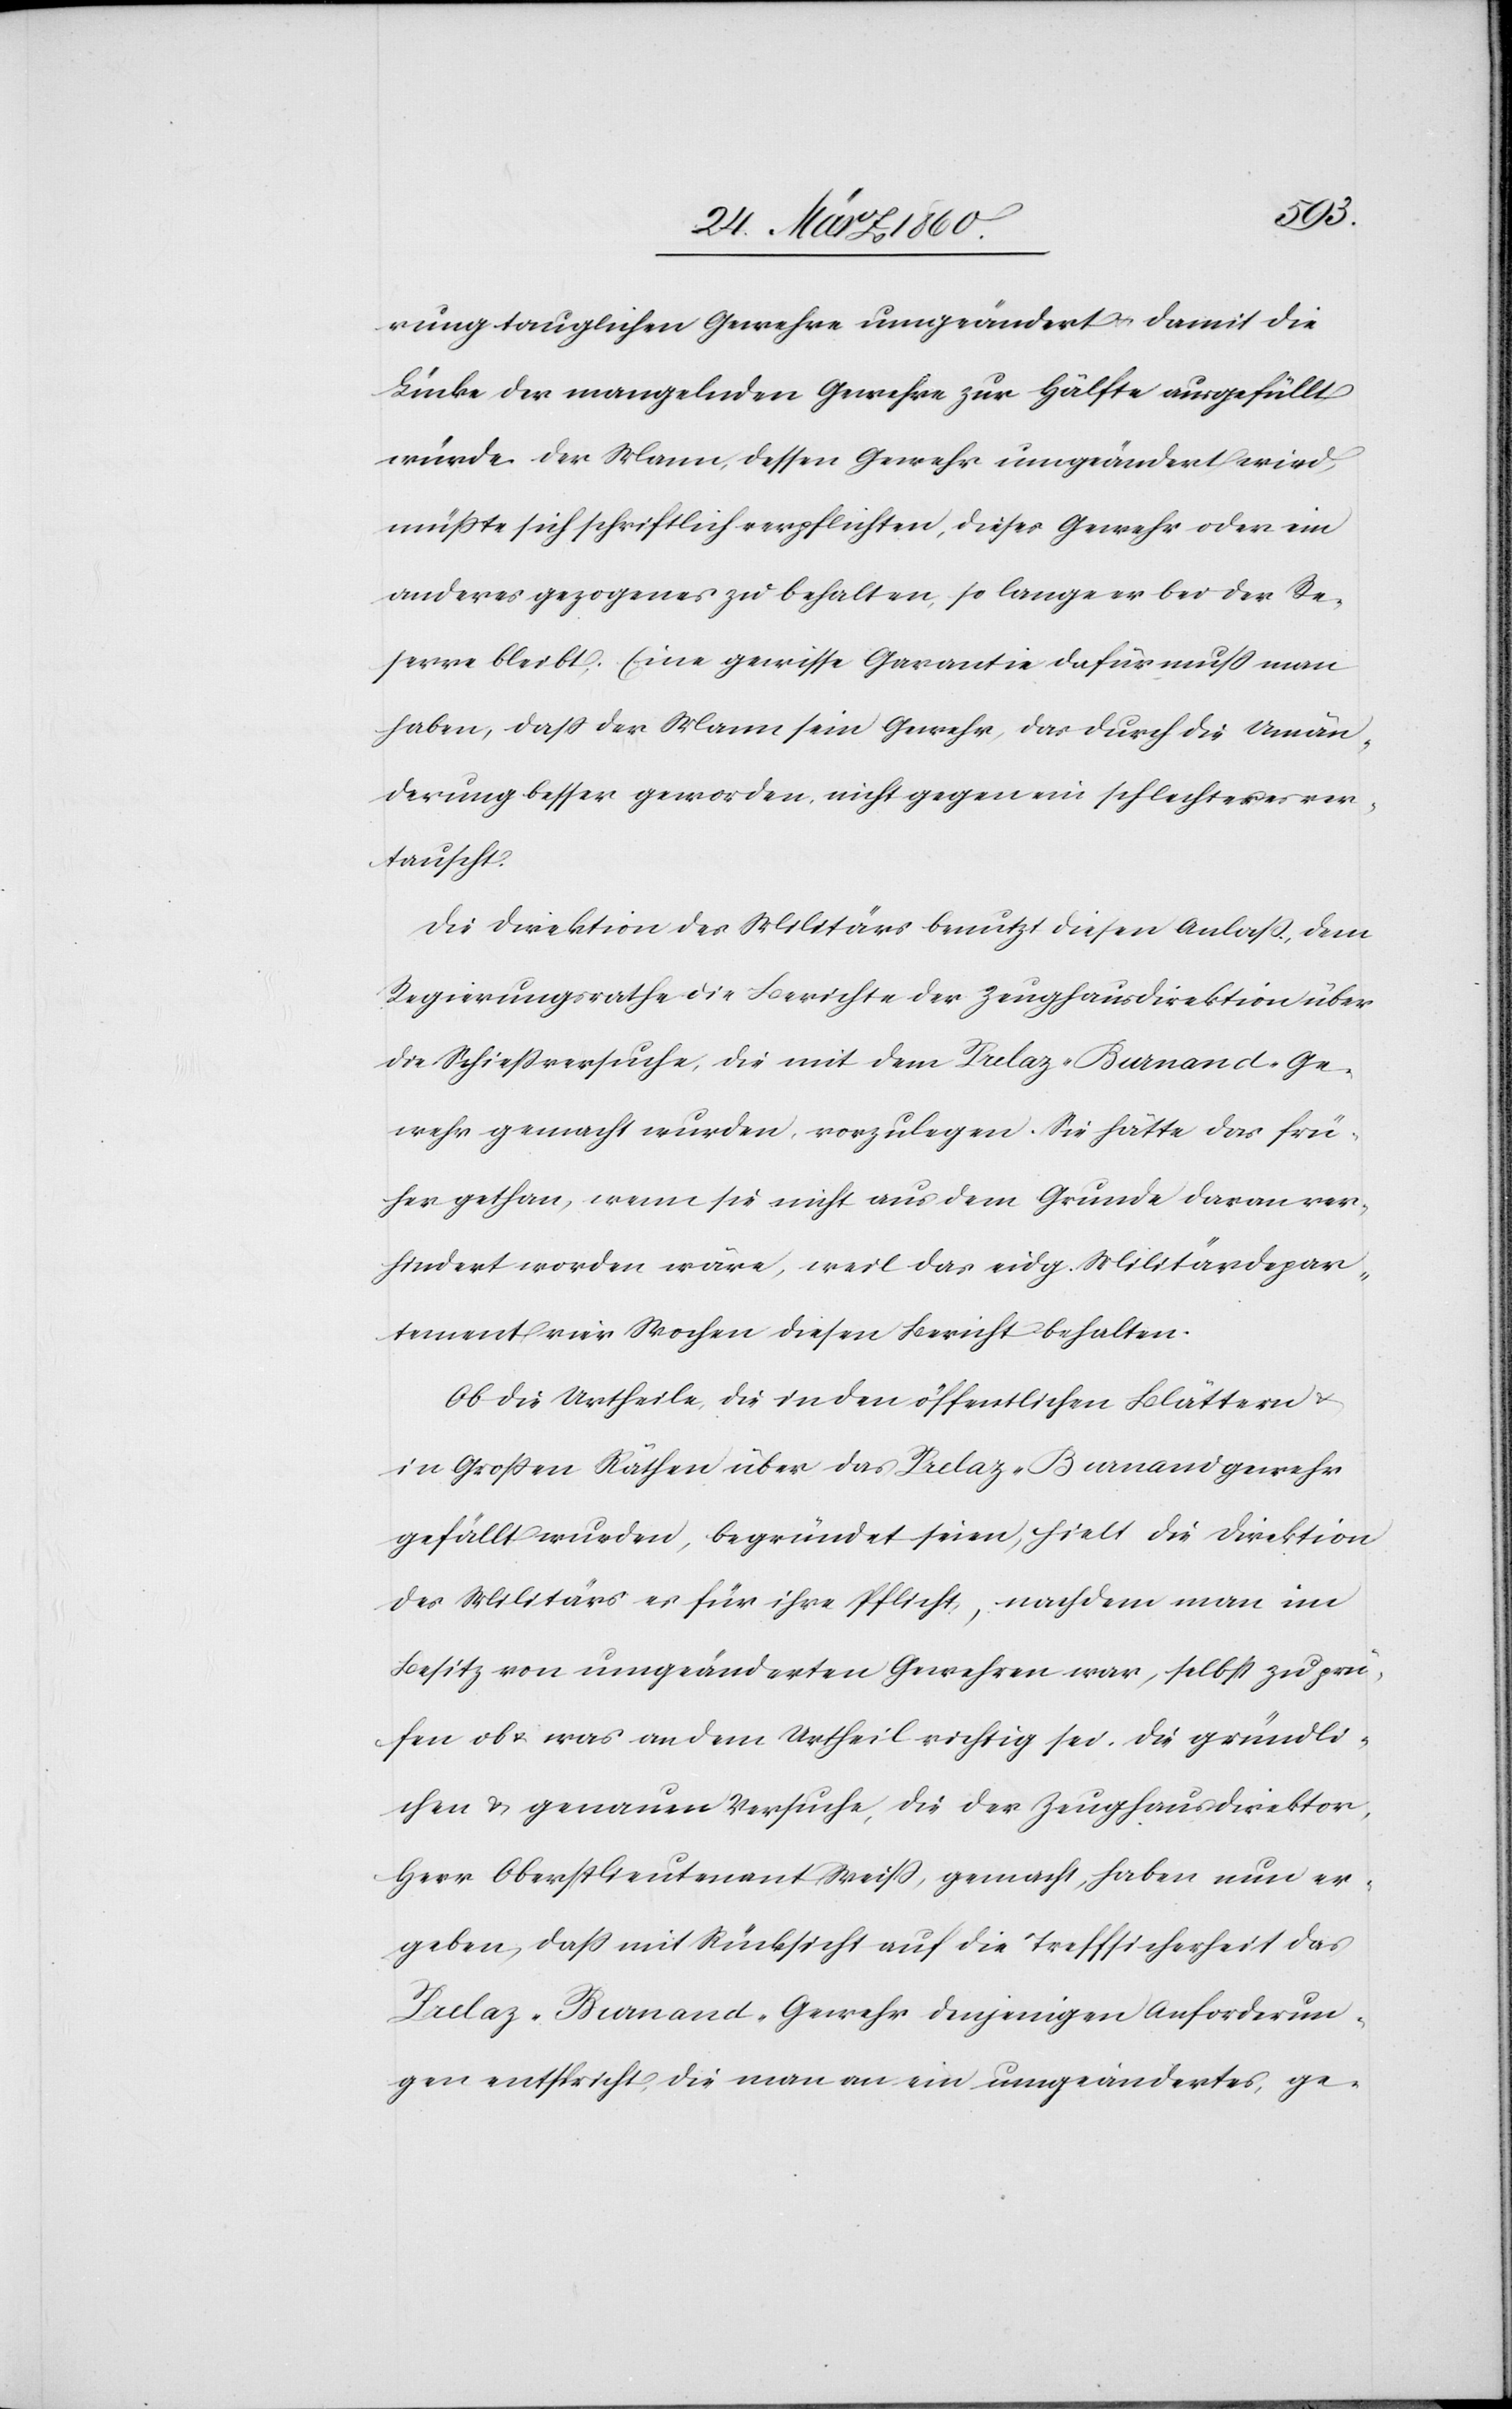
rung tauglichen Gewehre umgeändert u. damit die
Lücke der mangelnden Gewehre zur Hälfte ausgefüllt
würde. Der Mann, dessen Gewehr umgeändert wird,
müsste sich schriftlich verpflichten, dieses Gewehr oder ein
anderes gezogenes zu behalten, so lange er bei der Re¬
serve bleibt. Eine gewisse Garantie dafür muss man
haben, dass der Mann sein Gewehr, das durch die Umän¬
derung besser geworden, nicht gegen ein schlechteres ver¬
tauscht.
Die Direktion des Militärs benutzt diesen Anlass, dem
Regierungsrathe die Berichte der Zeughausdirektion über
die Schiessversuche, die mit dem Prelaz-Burnand-Ge¬
wehr gemacht wurden, vorzulegen. Sie hätte das frü¬
her gethan, wenn sie nicht aus dem Grunde daran ver¬
hindert worden wäre, weil das eidg. Militärdepar¬
tement vier Wochen diesen Bericht behalten.
Ob die Urtheile, die in den öffentlichen Blättern u.
in Grossen Räthen über das Prelaz-Burnandgewehr
gefällt wurden, begründet seien, hielt die Direktion
des Militärs es für ihre Pflicht, nachdem man im
Besitz von umgeänderten Gewehren war, selbst zu prü¬
fen ob u. was an dem Urtheil richtig sei. Die gründli¬
chen u. genauen Versuche, die der Zeughausdirektor,
Herr Oberstlieutenant Weiss, gemacht, haben nun er¬
geben, dass mit Rücksicht auf die Treffsicherheit das
Prelaz-Burnand-Gewehr denjenigen Anforderun¬
gen entspricht, die man an ein umgeändertes, ge-